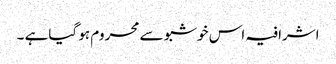
اشرافیہ اس خوشبو سے محروم ہو گیاہے ۔